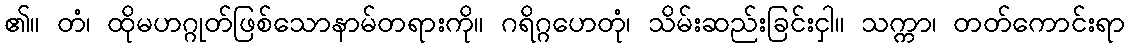
၏။ တံ၊ ထိုမဟဂ္ဂုတ်ဖြစ်သောနာမ်တရားကို။ ဂရိဂ္ဂဟေတုံ၊ သိမ်းဆည်းခြင်းငှါ။ သက္ကာ၊ တတ်ကောင်းရာ